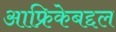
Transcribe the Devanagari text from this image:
आफ्रिकेबद्दल